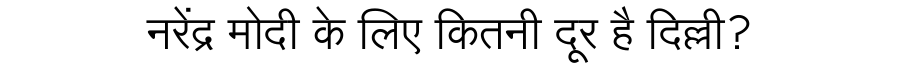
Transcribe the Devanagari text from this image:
नरेंद्र मोदी के लिए कितनी दूर है दिल्ली?